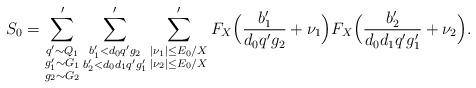
LaTeX: \begin{align*}S_0&=\sum'_{\substack{q'\sim Q_1 \\ g_1'\sim G_1 \\ g_2\sim G_2}}\sum'_{\substack{b_1'<d_0q' g_2 \\ b_2'<d_0d_1 q' g_1'}}\sum'_{\substack{|\nu_1|\le E_0/X\\ |\nu_2|\le E_0/X}}F_{X}\Bigl(\frac{b_1'}{d_0 q' g_2}+\nu_1\Bigr)F_{X}\Bigl(\frac{b_2'}{d_0 d_1 q' g_1'}+\nu_2\Bigr).\end{align*}